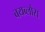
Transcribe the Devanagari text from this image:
बयब्लोस